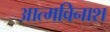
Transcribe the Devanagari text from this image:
आत्मविनाश